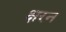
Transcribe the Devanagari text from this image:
क्षरन